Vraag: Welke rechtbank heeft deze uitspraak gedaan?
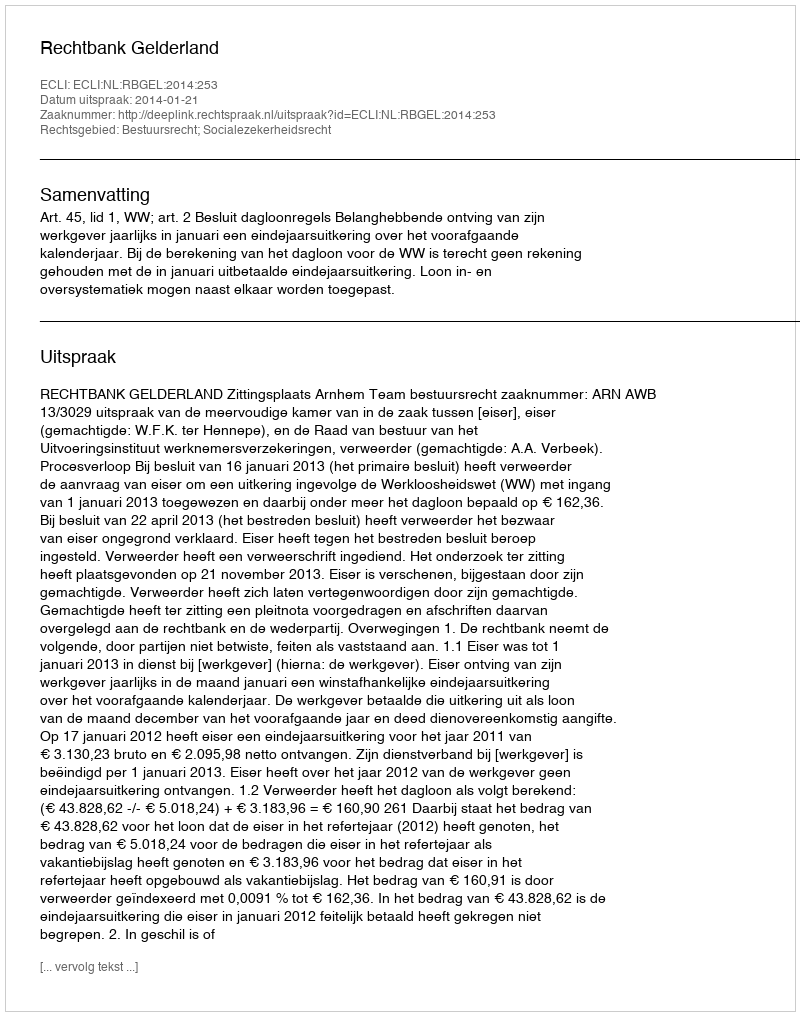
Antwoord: Rechtbank Gelderland